Indian journal of veterinary science and animal husbandry - Volume 12,
Year: 1942
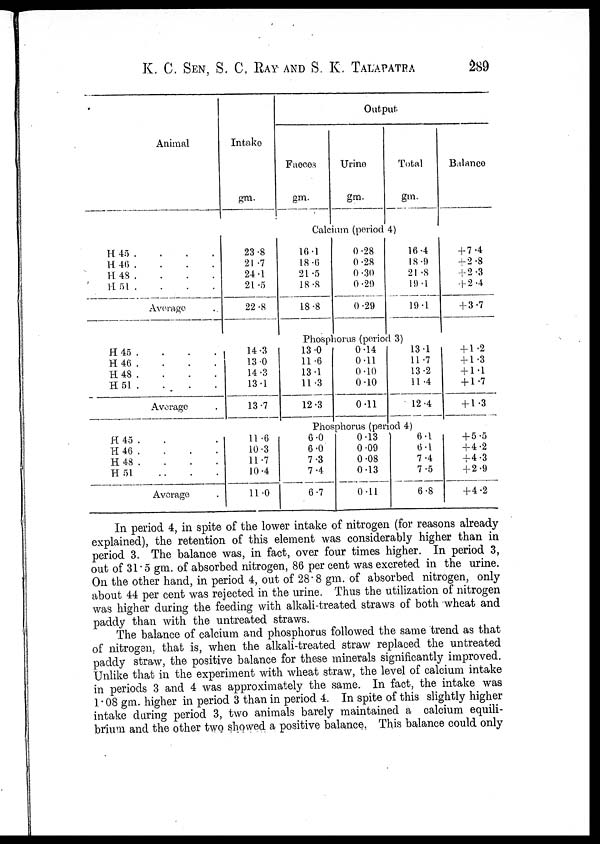
K. C. SEN, S. C. RAY AND S. K. TALAPATRA 289
Animal
H 45 . . . .
H 45 . . . .
H 48 . . . .
H 51 .
.
.
.
Average
H 45 . . . .
H 46 . . . .
H 48 . . . .
H 51 . . . .
Average .
H 45 . . . .
H 46 . . . .
H 48 . . . .
H 51 . . . .
Average
Intake
gm.
Output
Faeces
gm.
Urine
gm.
Total
gm.
Balance
Calcium (period 4)
23.8
21.7
24.1
21.5
22.8
16.1
18.6
21.5
18.8
18.8
0.28
0.28
0.30
0.29
0.29
16.4
18.9
21.8
19.1
19.1
+7.4
+2.8
+2.3
+2.4
+3.7
Phosphorus (period 3)
14.3
13.0
14.3
13.1
13.7
13.0
11.6
13.1
11.3
12.3
0.14
0.11
0.10
0.10
0.11
13.1
11.7
13.2
11.4
12.4
+ 1.2
+ 1.3
+ 1.1
+ 1.7
+ 1.3
Phosphorus (period 4)
11.6
10.3
11.7
10.4
11.0
6.0
6.0
7.3
7.4
6.7
0.13
0.09
0.08
0.13
0.11
6.1
6.1
7.4
7.5
6.8
+5.5
+4.2
+4.3
+2.9
+4.2
In period 4, in spite of the lower intake of nitrogen (for reasons already
explained), the retention of this element was considerably higher than in
period 3. The balance was, in fact, over four times higher. In period 3,
out of 31.5 gm. of absorbed nitrogen, 86 per cent was excreted in the urine.
On the other hand, in period 4, out of 28.8 gm. of absorbed nitrogen, only
about 44 per cent was rejected in the urine. Thus the utilization of nitrogen
was higher during the feeding with alkali-treated straws of both wheat and
paddy than with the untreated straws.
The balance of calcium and phosphorus followed the same trend as that
of nitrogen, that is, when the alkali-treated straw replaced the untreated
paddy straw, the positive balance for these minerals significantly improved.
Unlike that in the experiment with wheat straw, the level of calcium intake
in periods 3 and 4 was approximately the same. In fact, the intake was
1.08 gm. higher in period 3 than in period 4. In spite of this slightly higher
intake during period 3, two animals barely maintained a calcium equili-
brium and the other two showed a positive balance. This balance could only